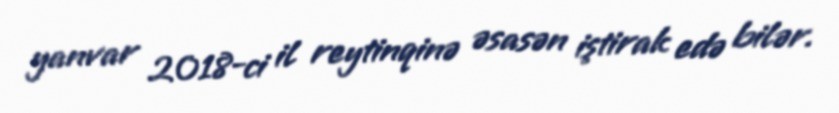
yanvar 2018-ci il reytinqinə əsasən iştirak edə bilər.